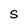
Character: S